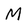
Character: M